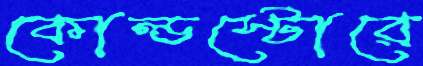
কোল্ডস্টোরে